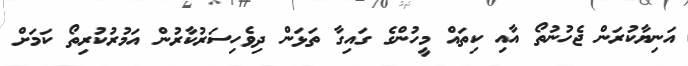
އަނިޔާކުރަން ޖެހުނުތޯ އާއި ކިތައް މީހުންގެ ގައިގާ ތަޅަން ދިވެހިސަރުކާރުން އަމުރުކުރިތޯ ކަމަށް